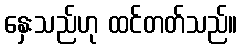
နှေးသည်ဟု ထင်တတ်သည်။